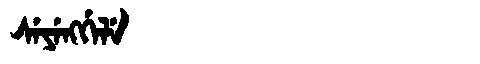
Manchu: ᠰᡝᠶᡝᠩᡤᡝᠯᡝ
Romanization: SEYENGGELE